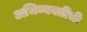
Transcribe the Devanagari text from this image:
अभिव्यक्तींची